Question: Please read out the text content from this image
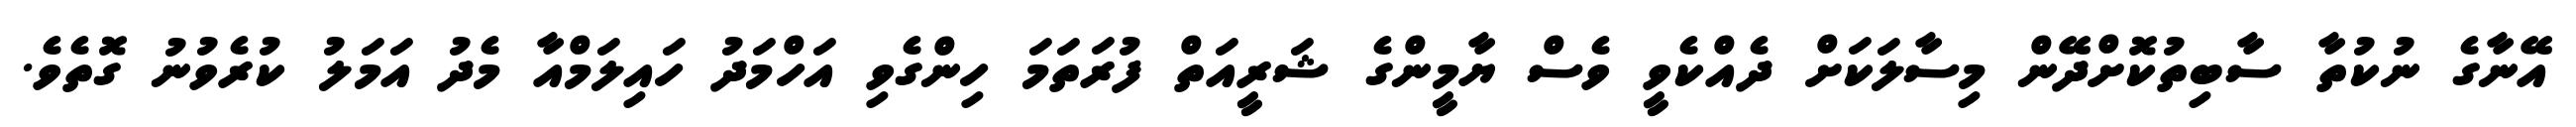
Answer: އޭނާގެ ނުކުތާ ސާބިތުކޮށްދޭން މިސާލަކަށް ދެއްކެވީ ވެސް ޔާމީންގެ ޝަރީއަތް ފުރަތަމަ ހިންގެވި އަހްމަދު ހައިލަމްއާ މެދު އަމަލު ކުރެވުނު ގޮތެވެ.